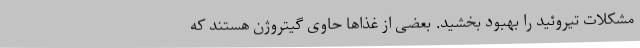
مشکلات تیروئید را بهبود بخشید. بعضی از غذاها حاوی گیتروژن هستند که